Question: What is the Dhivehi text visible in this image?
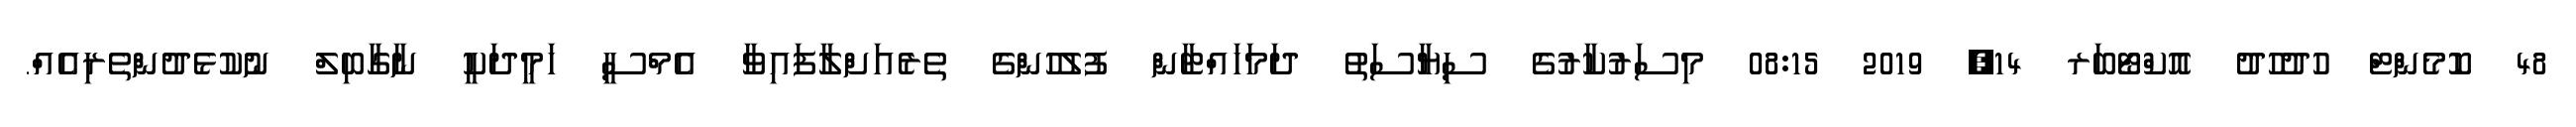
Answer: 48 ކޮމެންޓް ހުދުހުދު އޮކްޓޯބަރ 14, 2019 08:15 މިސަރުކާރުގެ ސިޔާސަތު ދަމަހައްޓާން ފުލުހުންގެ ތެރެއަށްލާފައިވާ އެމްސީ ހަމީދަކީ ނާގާބިލް ނުކުޅެދުންތެރިއެއް.